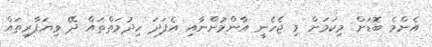
އެންމެ ބޮޑަށް މިކަމަށް މި ޖެހެނީ އާންމުންނާއި އެފަދަ ހިދުމަތްތައް ދޭ ވިޔަފާރިތައް